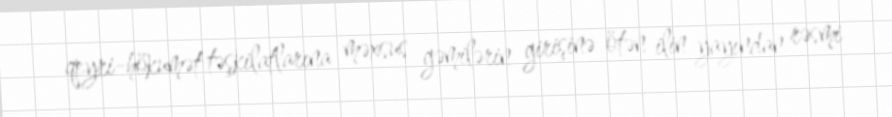
qeyri-hökumət təşkilatlarına məxsus gəmilərin girişinə ötən ilin yayından rəsmi